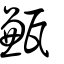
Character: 甉